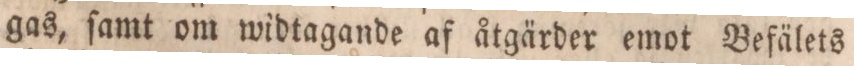
gas, ſamt om widtagande af åtgärder emot Befälets